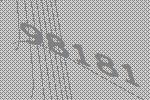
98181